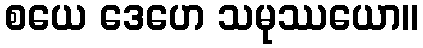
စယေ ဒေဟေ သမုဿယော။